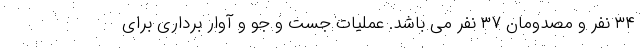
۳۴ نفر و مصدومان ۳۷ نفر می باشد. عملیات جست و جو و آوار برداری برای